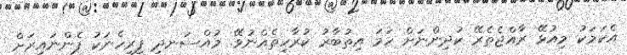
އެކަމަކު މިއުޅޭ ރާއްޖެތެރޭ ކުދިންނަށް ހަމަ އިތުބާރު ކުރާހިތެއްނުވޭ. މުއްސަނދި ފިރިހެނަކު ފެންނައިރަށް